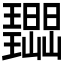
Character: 𭺔